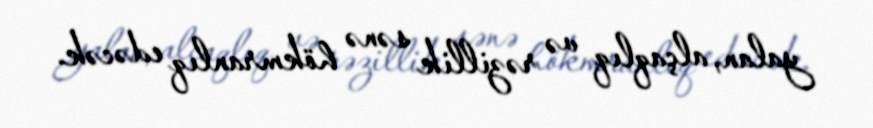
yalan, alçaqlıq və rəzillik sənə hökmranlıq edəcək.